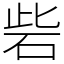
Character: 砦